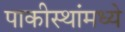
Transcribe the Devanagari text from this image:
पाकीस्थांमध्ये